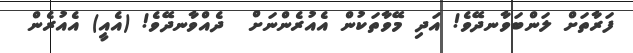
ފަރާތަށް ލަންބަވާނދޭވެ! އަދި މޭވާތަކުން އެއުރެންނަށް  ދެއްވާނދޭވެ! (އެއީ) އެއުރެން